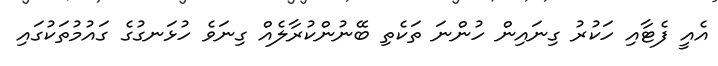
އެއީ ފެޓާއި ހަކުރު ގިނައިން ހުންނަ ތަކެތި ބޭނުންކުރާލެއް ގިނަވެ ހުޅަނގުގެ ގައުމުތަކުގައި